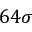
6 4 \sigma